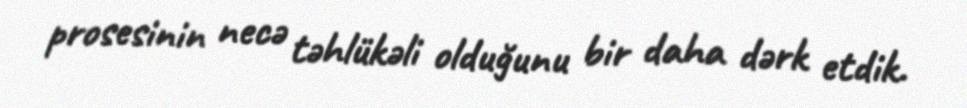
prosesinin necə təhlükəli olduğunu bir daha dərk etdik.